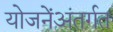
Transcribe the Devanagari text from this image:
योजनेंअंतर्गत